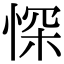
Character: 㤾